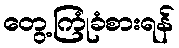
တွေ့ကြုံခံစားရန်